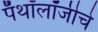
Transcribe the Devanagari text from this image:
पॅथॉलॉजीचे